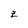
Character: z